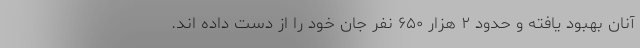
آنان بهبود یافته و حدود ۲ هزار ۶۵۰ نفر جان خود را از دست داده اند.